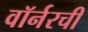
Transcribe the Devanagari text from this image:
वॉर्नरची